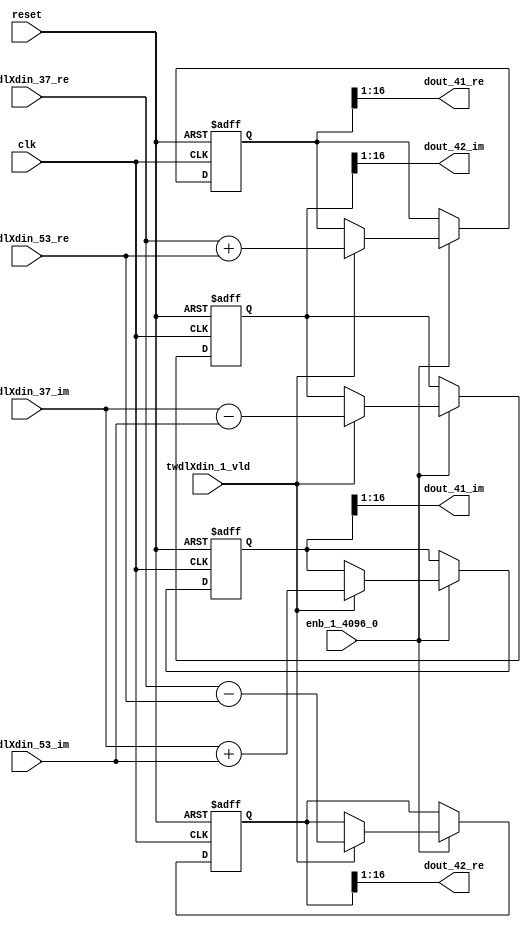
// -------------------------------------------------------------
// 
// 
// Generated by MATLAB 9.14 and HDL Coder 4.1
// 
// -------------------------------------------------------------


// -------------------------------------------------------------
// 
// Module: RADIX22FFT_SDNF1_3_block19
// Source Path: dsphdl.IFFT/RADIX22FFT_SDNF1_3
// Hierarchy Level: 4
// 
// -------------------------------------------------------------

`timescale 1 ns / 1 ns

module RADIX22FFT_SDNF1_3_block19
          (clk,
           reset,
           enb_1_4096_0,
           twdlXdin_37_re,
           twdlXdin_37_im,
           twdlXdin_53_re,
           twdlXdin_53_im,
           twdlXdin_1_vld,
           dout_41_re,
           dout_41_im,
           dout_42_re,
           dout_42_im);


  input   clk;
  input   reset;
  input   enb_1_4096_0;
  input   signed [15:0] twdlXdin_37_re;  // sfix16_En14
  input   signed [15:0] twdlXdin_37_im;  // sfix16_En14
  input   signed [15:0] twdlXdin_53_re;  // sfix16_En14
  input   signed [15:0] twdlXdin_53_im;  // sfix16_En14
  input   twdlXdin_1_vld;
  output  signed [15:0] dout_41_re;  // sfix16_En14
  output  signed [15:0] dout_41_im;  // sfix16_En14
  output  signed [15:0] dout_42_re;  // sfix16_En14
  output  signed [15:0] dout_42_im;  // sfix16_En14


  reg signed [16:0] Radix22ButterflyG1_NF_btf1_re_reg;  // sfix17
  reg signed [16:0] Radix22ButterflyG1_NF_btf1_im_reg;  // sfix17
  reg signed [16:0] Radix22ButterflyG1_NF_btf2_re_reg;  // sfix17
  reg signed [16:0] Radix22ButterflyG1_NF_btf2_im_reg;  // sfix17
  reg  Radix22ButterflyG1_NF_dinXtwdl_vld_dly1;
  reg signed [16:0] Radix22ButterflyG1_NF_btf1_re_reg_next;  // sfix17_En14
  reg signed [16:0] Radix22ButterflyG1_NF_btf1_im_reg_next;  // sfix17_En14
  reg signed [16:0] Radix22ButterflyG1_NF_btf2_re_reg_next;  // sfix17_En14
  reg signed [16:0] Radix22ButterflyG1_NF_btf2_im_reg_next;  // sfix17_En14
  reg  Radix22ButterflyG1_NF_dinXtwdl_vld_dly1_next;
  reg signed [15:0] dout_41_re_1;  // sfix16_En14
  reg signed [15:0] dout_41_im_1;  // sfix16_En14
  reg signed [15:0] dout_42_re_1;  // sfix16_En14
  reg signed [15:0] dout_42_im_1;  // sfix16_En14
  reg  dout_41_vld;
  reg signed [16:0] Radix22ButterflyG1_NF_add_cast;  // sfix17_En14
  reg signed [16:0] Radix22ButterflyG1_NF_add_cast_0;  // sfix17_En14
  reg signed [16:0] Radix22ButterflyG1_NF_sra_temp;  // sfix17_En14
  reg signed [16:0] Radix22ButterflyG1_NF_sub_cast;  // sfix17_En14
  reg signed [16:0] Radix22ButterflyG1_NF_sub_cast_0;  // sfix17_En14
  reg signed [16:0] Radix22ButterflyG1_NF_sra_temp_0;  // sfix17_En14
  reg signed [16:0] Radix22ButterflyG1_NF_add_cast_1;  // sfix17_En14
  reg signed [16:0] Radix22ButterflyG1_NF_add_cast_2;  // sfix17_En14
  reg signed [16:0] Radix22ButterflyG1_NF_sra_temp_1;  // sfix17_En14
  reg signed [16:0] Radix22ButterflyG1_NF_sub_cast_1;  // sfix17_En14
  reg signed [16:0] Radix22ButterflyG1_NF_sub_cast_2;  // sfix17_En14
  reg signed [16:0] Radix22ButterflyG1_NF_sra_temp_2;  // sfix17_En14


  // Radix22ButterflyG1_NF
  always @(posedge clk or posedge reset)
    begin : Radix22ButterflyG1_NF_process
      if (reset == 1'b1) begin
        Radix22ButterflyG1_NF_btf1_re_reg <= 17'sb00000000000000000;
        Radix22ButterflyG1_NF_btf1_im_reg <= 17'sb00000000000000000;
        Radix22ButterflyG1_NF_btf2_re_reg <= 17'sb00000000000000000;
        Radix22ButterflyG1_NF_btf2_im_reg <= 17'sb00000000000000000;
        Radix22ButterflyG1_NF_dinXtwdl_vld_dly1 <= 1'b0;
      end
      else begin
        if (enb_1_4096_0) begin
          Radix22ButterflyG1_NF_btf1_re_reg <= Radix22ButterflyG1_NF_btf1_re_reg_next;
          Radix22ButterflyG1_NF_btf1_im_reg <= Radix22ButterflyG1_NF_btf1_im_reg_next;
          Radix22ButterflyG1_NF_btf2_re_reg <= Radix22ButterflyG1_NF_btf2_re_reg_next;
          Radix22ButterflyG1_NF_btf2_im_reg <= Radix22ButterflyG1_NF_btf2_im_reg_next;
          Radix22ButterflyG1_NF_dinXtwdl_vld_dly1 <= Radix22ButterflyG1_NF_dinXtwdl_vld_dly1_next;
        end
      end
    end

  always @(Radix22ButterflyG1_NF_btf1_im_reg, Radix22ButterflyG1_NF_btf1_re_reg,
       Radix22ButterflyG1_NF_btf2_im_reg, Radix22ButterflyG1_NF_btf2_re_reg,
       Radix22ButterflyG1_NF_dinXtwdl_vld_dly1, twdlXdin_1_vld, twdlXdin_37_im,
       twdlXdin_37_re, twdlXdin_53_im, twdlXdin_53_re) begin
    Radix22ButterflyG1_NF_add_cast = 17'sb00000000000000000;
    Radix22ButterflyG1_NF_add_cast_0 = 17'sb00000000000000000;
    Radix22ButterflyG1_NF_sub_cast = 17'sb00000000000000000;
    Radix22ButterflyG1_NF_sub_cast_0 = 17'sb00000000000000000;
    Radix22ButterflyG1_NF_add_cast_1 = 17'sb00000000000000000;
    Radix22ButterflyG1_NF_add_cast_2 = 17'sb00000000000000000;
    Radix22ButterflyG1_NF_sub_cast_1 = 17'sb00000000000000000;
    Radix22ButterflyG1_NF_sub_cast_2 = 17'sb00000000000000000;
    Radix22ButterflyG1_NF_btf1_re_reg_next = Radix22ButterflyG1_NF_btf1_re_reg;
    Radix22ButterflyG1_NF_btf1_im_reg_next = Radix22ButterflyG1_NF_btf1_im_reg;
    Radix22ButterflyG1_NF_btf2_re_reg_next = Radix22ButterflyG1_NF_btf2_re_reg;
    Radix22ButterflyG1_NF_btf2_im_reg_next = Radix22ButterflyG1_NF_btf2_im_reg;
    Radix22ButterflyG1_NF_dinXtwdl_vld_dly1_next = twdlXdin_1_vld;
    if (twdlXdin_1_vld) begin
      Radix22ButterflyG1_NF_add_cast = {twdlXdin_37_re[15], twdlXdin_37_re};
      Radix22ButterflyG1_NF_add_cast_0 = {twdlXdin_53_re[15], twdlXdin_53_re};
      Radix22ButterflyG1_NF_btf1_re_reg_next = Radix22ButterflyG1_NF_add_cast + Radix22ButterflyG1_NF_add_cast_0;
      Radix22ButterflyG1_NF_sub_cast = {twdlXdin_37_re[15], twdlXdin_37_re};
      Radix22ButterflyG1_NF_sub_cast_0 = {twdlXdin_53_re[15], twdlXdin_53_re};
      Radix22ButterflyG1_NF_btf2_re_reg_next = Radix22ButterflyG1_NF_sub_cast - Radix22ButterflyG1_NF_sub_cast_0;
      Radix22ButterflyG1_NF_add_cast_1 = {twdlXdin_37_im[15], twdlXdin_37_im};
      Radix22ButterflyG1_NF_add_cast_2 = {twdlXdin_53_im[15], twdlXdin_53_im};
      Radix22ButterflyG1_NF_btf1_im_reg_next = Radix22ButterflyG1_NF_add_cast_1 + Radix22ButterflyG1_NF_add_cast_2;
      Radix22ButterflyG1_NF_sub_cast_1 = {twdlXdin_37_im[15], twdlXdin_37_im};
      Radix22ButterflyG1_NF_sub_cast_2 = {twdlXdin_53_im[15], twdlXdin_53_im};
      Radix22ButterflyG1_NF_btf2_im_reg_next = Radix22ButterflyG1_NF_sub_cast_1 - Radix22ButterflyG1_NF_sub_cast_2;
    end
    Radix22ButterflyG1_NF_sra_temp = Radix22ButterflyG1_NF_btf1_re_reg >>> 8'd1;
    dout_41_re_1 = Radix22ButterflyG1_NF_sra_temp[15:0];
    Radix22ButterflyG1_NF_sra_temp_0 = Radix22ButterflyG1_NF_btf1_im_reg >>> 8'd1;
    dout_41_im_1 = Radix22ButterflyG1_NF_sra_temp_0[15:0];
    Radix22ButterflyG1_NF_sra_temp_1 = Radix22ButterflyG1_NF_btf2_re_reg >>> 8'd1;
    dout_42_re_1 = Radix22ButterflyG1_NF_sra_temp_1[15:0];
    Radix22ButterflyG1_NF_sra_temp_2 = Radix22ButterflyG1_NF_btf2_im_reg >>> 8'd1;
    dout_42_im_1 = Radix22ButterflyG1_NF_sra_temp_2[15:0];
    dout_41_vld = Radix22ButterflyG1_NF_dinXtwdl_vld_dly1;
  end



  assign dout_41_re = dout_41_re_1;

  assign dout_41_im = dout_41_im_1;

  assign dout_42_re = dout_42_re_1;

  assign dout_42_im = dout_42_im_1;

endmodule  // RADIX22FFT_SDNF1_3_block19